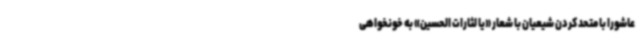
عاشورا با متحد کردن شیعیان با شعار «یا لثارات الحسین» به خونخواهی